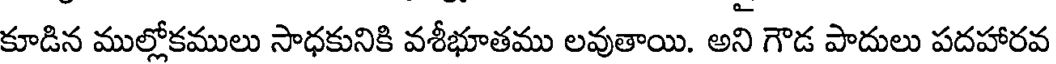
కూడిన ముల్లోకములు సాధకునికి వశీభూతము లవుతాయి. అని గౌడ పాదులు పదహారవ